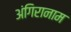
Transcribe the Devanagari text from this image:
अंगिरानाम